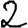
Digit: 2